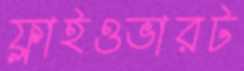
ফ্লাইওভারট